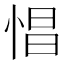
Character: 𢛽